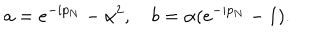
a = e ^ { - i p _ { N } } - \alpha ^ { 2 } , ~ b = \alpha ( e ^ { - i p _ { N } } - 1 ) .